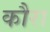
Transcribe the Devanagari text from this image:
कौरा